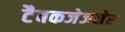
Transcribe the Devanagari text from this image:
टैबकजेजनेर